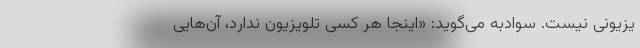
یزیونی نیست. سوادبه می‌گوید: «اینجا هر کسی تلویزیون ندارد، آن‌هایی